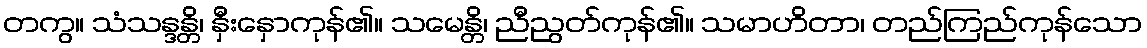
တကွ။ သံသန္ဒန္တိ၊ နှီးနှောကုန်၏။ သမေန္တိ၊ ညီညွတ်ကုန်၏။ သမာဟိတာ၊ တည်ကြည်ကုန်သော